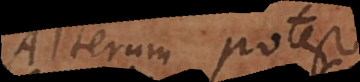
Alterum potest